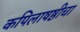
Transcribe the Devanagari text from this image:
कपिलाषष्ठीचा